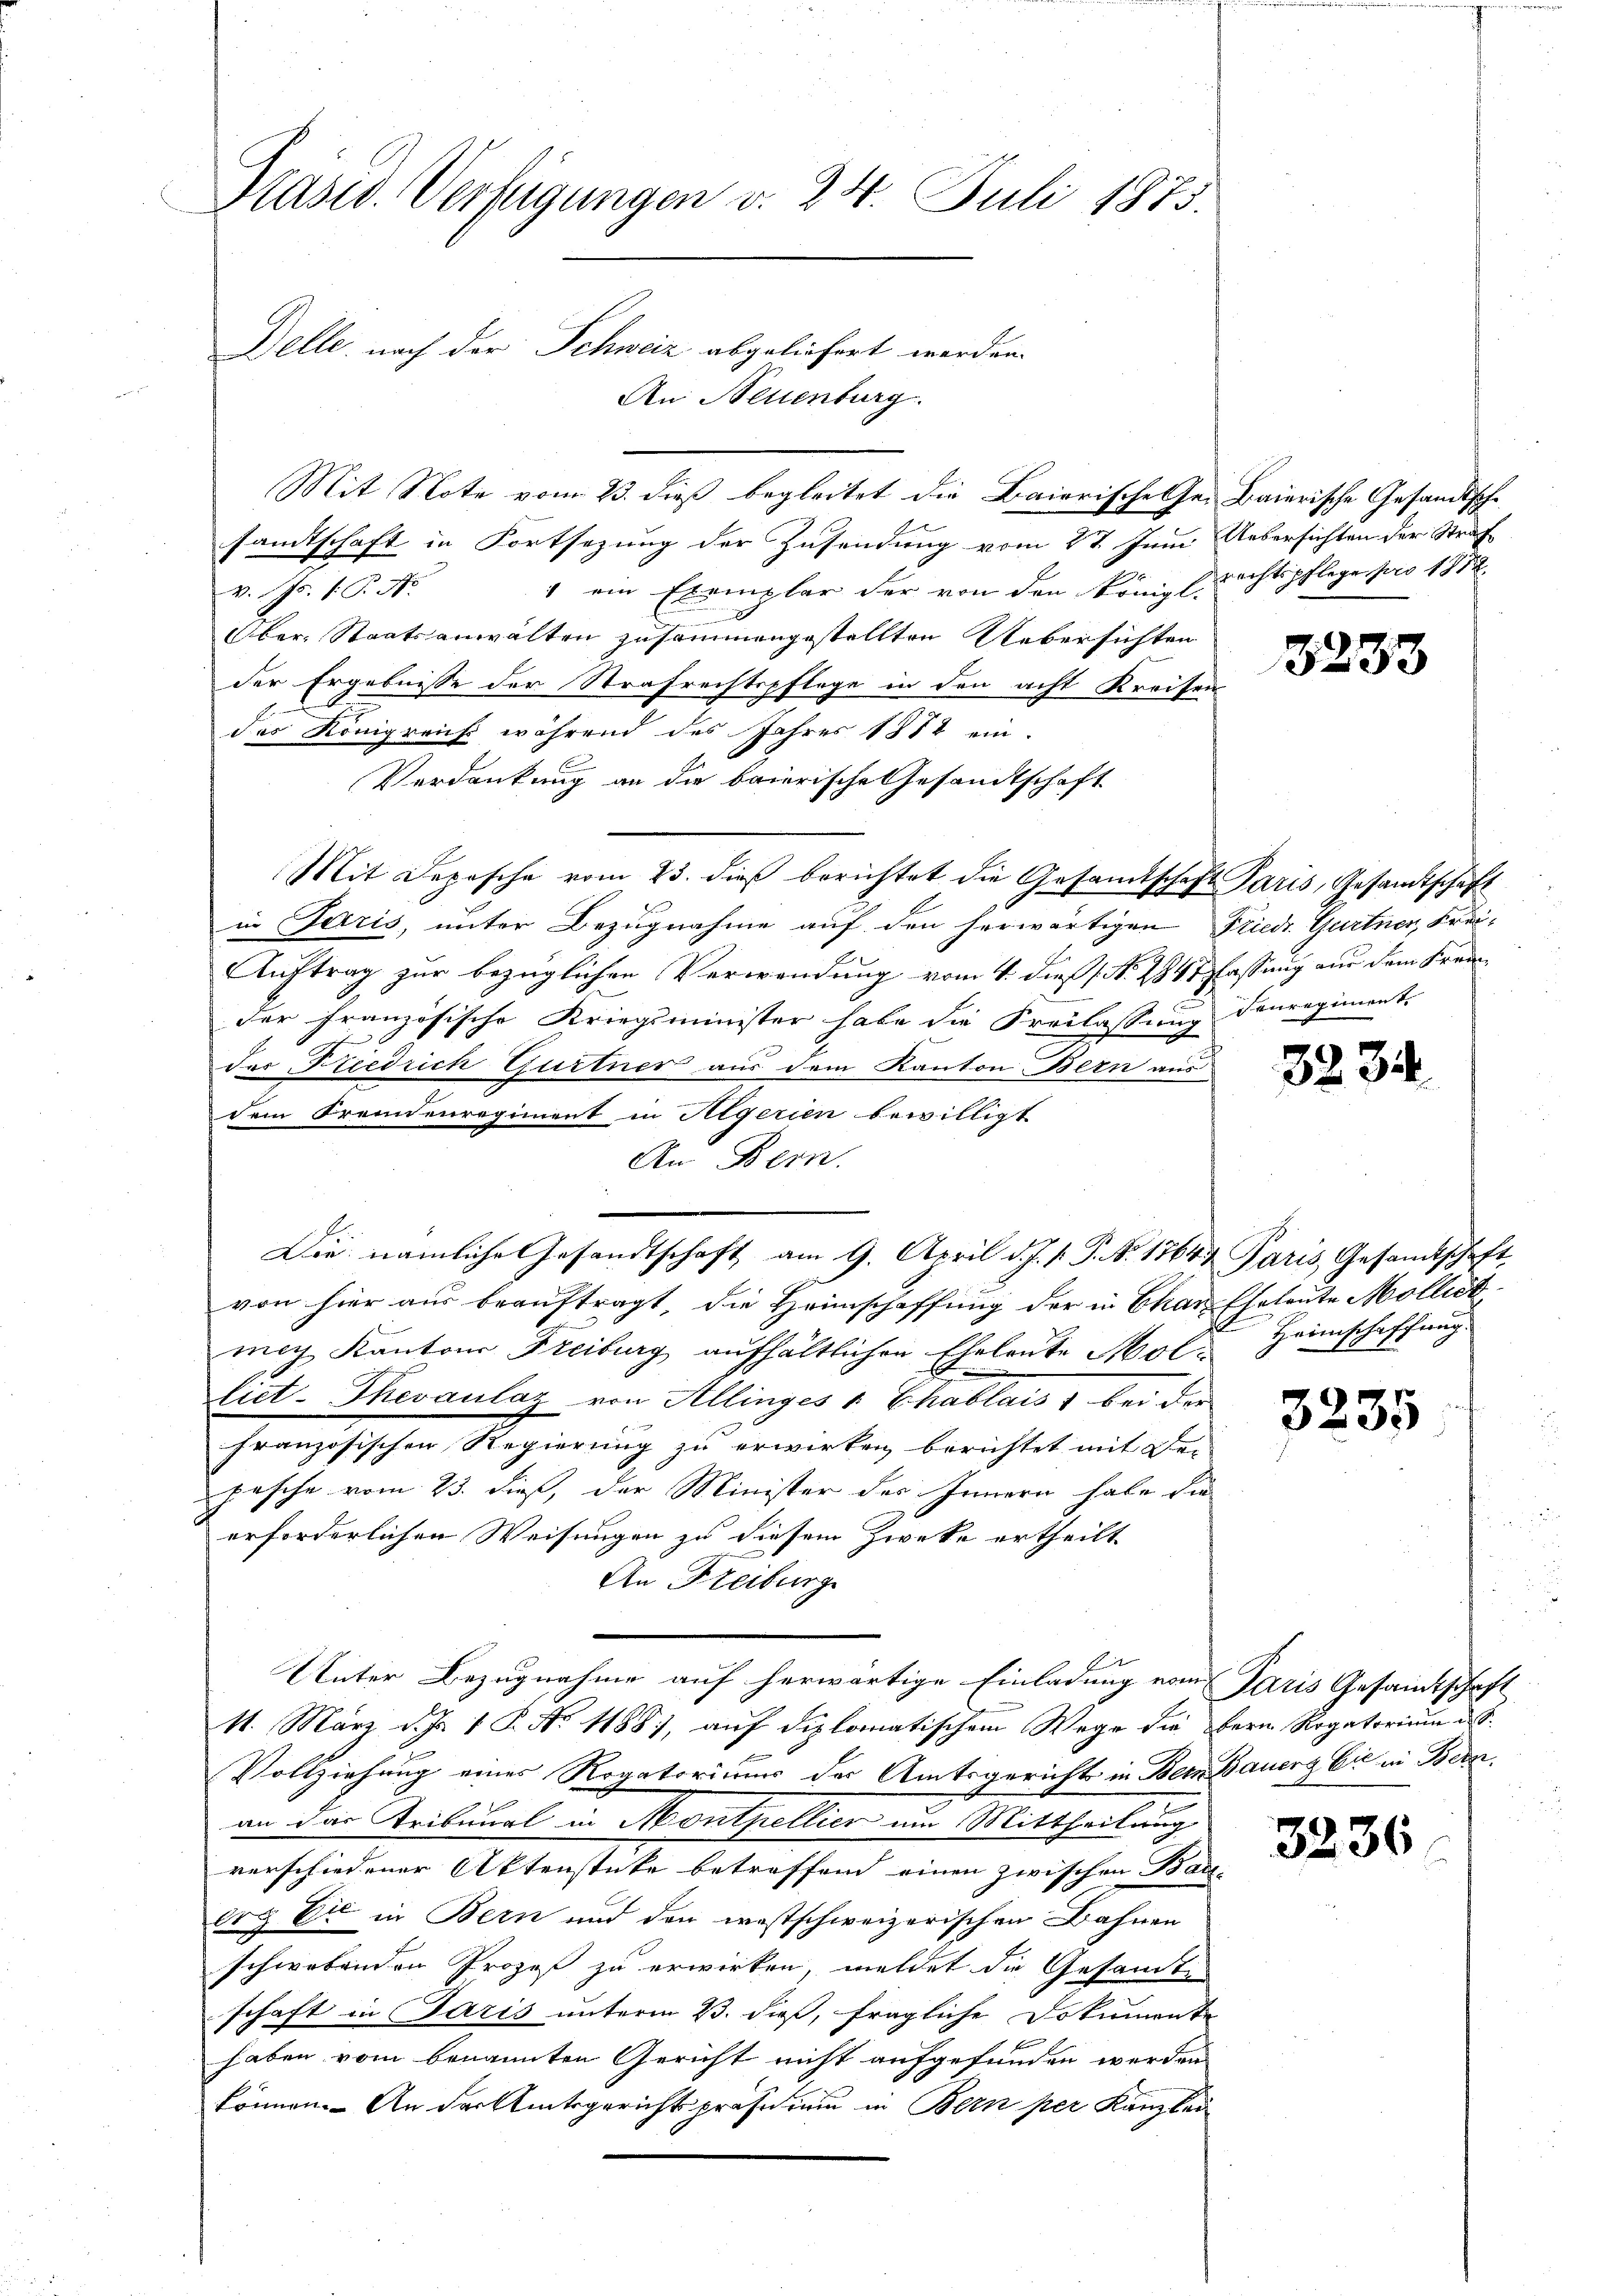
Präsid. Verfügungen v. 24. Juli 1875.
Delle, nach der Schweiz abgeliefert werden.
An Neuenburg.

Mit Note vom 23. dieß begleitet die Baierische Ge- Baierische Gesandtschesandtschaft in Fortsezung der Zusendung vom 27. Juni Uebersichten der Straf
1 ein Exemplar der von den Königl richtspfleger pro 1872
V. d. Js. f. P. Nr.
Ober-Staatsanwalten zusammengestellten Uebersichten
der Ergebnisse der Strafrechtspflege in den acht Kreisen
das Königreich während des Jahres 1882 ein-
Verdankung an die baierische Gesandtschaft
Mit Depesche vom 23. dieß berichtet die Gesamtschaft Paris, Gesandtschaft
in Paris, unter Bezugnahme auf den herwärtigen Friede Gurtner, Krei¬
Auftrag zur bezüglichen Verwendung vom 4. dieß (N. 284 lassung aus dem Frau
der französische Kriegsminister habe die Freilassung denregiment
der Friedrich Gurtner aus dem Kanton Bern aus
An Bern.
Die nämliche Gesandtschaft am 9. April d. J. s. S. S. 1764 Paris, Gesandtschaft,
von hier aus beauftragt, die Heimschaffung der in Char Eheleute Mollich
mach Kantons Freiburg aufhältlichen Eheleute Mol-Heimschaffung
liet-Thevaulaz von Allinges v. Chablais bei der
französischen Regierung zu erwirken berichtet mit der
pasche vom 25. dieß, der Minister des Innern habe die
erforderlichen Weisungen zu diesem Zwecke ertheilt
An Freiburg
Unter Bezugnahme auf herwärtige Einladung vom Paris Gesandtschaft
11. März d. Js. 1 P. Nr. 1188), auf diplomatischem Wege die fern Rogatorium d. S.
Vollziehung eines Rogatoriums der Amtsgericht in Bern Bauerg Cie in Bern,
an das Tribunal in Montpellier am Mittheilung
verschiedener Aktenstute betreffend einen zwischen Bau-
erg Er in Bern und den westschweizerischen Bahnen
schwebenden Prozeß zu erwirken, meldet die Gesamten
schaft in Paris unterm 23. dieß, fragliche Dokumente
haben vom benannten Gericht nicht aufgefunden werden
können. An der Amtsgerichtspräsidium in Bern per Kanzlei

dem Fremdenregiment in Aegerien bewilligt

3233

32

3

3235

3236